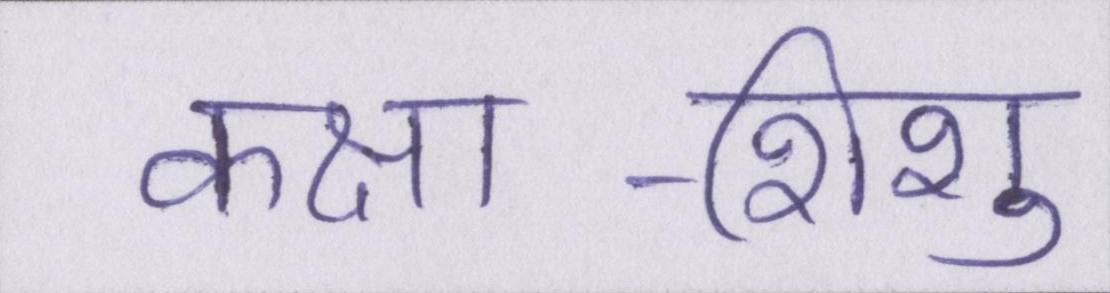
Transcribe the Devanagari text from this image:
कक्षा-शिशु